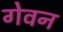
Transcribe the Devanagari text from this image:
गेवन